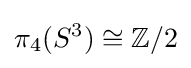
\pi _{4}(S^{3})\cong \mathbb {Z} /2